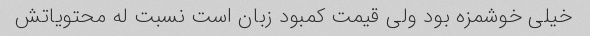
خیلی خوشمزه بود ولی قیمت کمبود زبان است نسبت له محتویاتش